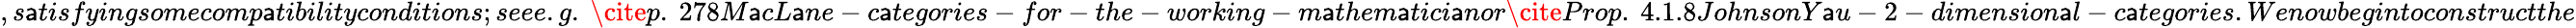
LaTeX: ,s\mathsf{a}tisfyingsomecomp\mathsf{a}tibilityconditions;seee.g.\ \cite{}{{p.~278}}{}{{M\mathsf{a}cL\mathsf{a}ne-c\mathsf{a}tegories-for-the-working-m\mathsf{a}them\mathsf{a}tici\mathsf{a}n}}or\cite{}{{Prop.~4.1.8}}{}{{JohnsonY\mathsf{a}u-2-dimension\mathsf{a}l-c\mathsf{a}tegories}}.Wenowbegintoconstructthe